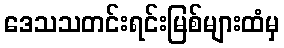
ဒေသသတင်းရင်းမြစ်များထံမှ